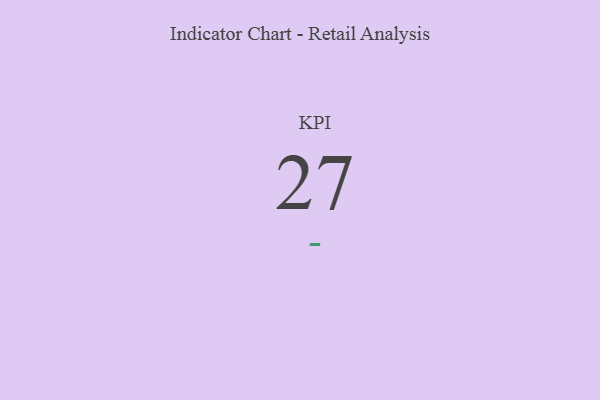
{"axis": {"x": "KPI", "y": "Value"}, "legend": [""], "data": [{"x": "KPI", "y": 27, "type": ""}]}